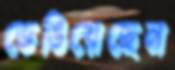
ভেঙিয়েছেন